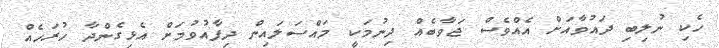
ހެކި ނުލިބި ދައުވާއަށް އެއްވެސް ޖަވާބެއް ދިނުމަކީ މައްސަލައިން ދިފާއުވުމަށް އެޅިގެންދާ ހުރަހެއް